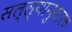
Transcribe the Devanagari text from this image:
सल्ल्यानुसारच